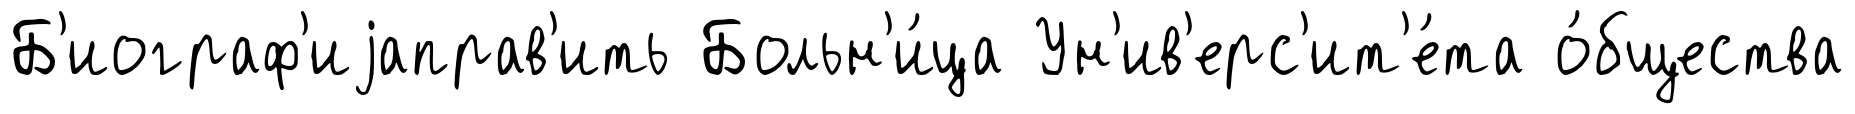
Б'иограф'иjаправ'ить Больн'и́ца Ун'ив'ерс'ит'е́та о́бщества